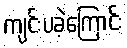
ကျင်းပခဲ့ကြောင်း